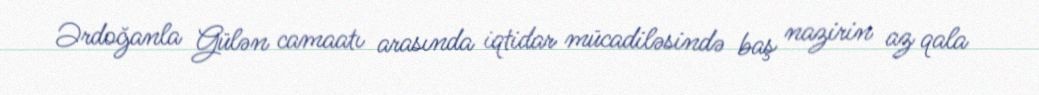
Ərdoğanla Gülən camaatı arasında iqtidar mücadiləsində baş nazirin az qala